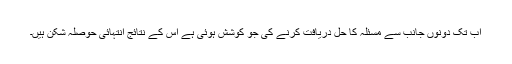
اب تک دونوں جانب سے مسئلہ کا حل دریافت کرنے کی جو کوشش ہوئی ہے اس کے نتائج انتہائی حوصلہ شکن ہیں۔